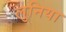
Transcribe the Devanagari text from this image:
लुनिया